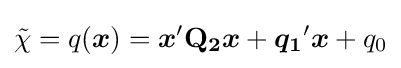
{\tilde {\chi }}=q({\boldsymbol {x}})={\boldsymbol {x}}'\mathbf {Q_{2}} {\boldsymbol {x}}+{\boldsymbol {q_{1}}}'{\boldsymbol {x}}+q_{0}